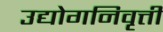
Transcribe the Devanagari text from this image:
उद्योगनिवृत्ती